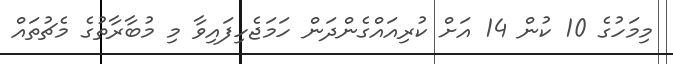
މިމަހުގެ 10 ކުން 14 އަށް ކުރިއައްގެންދަން ހަމަޖެހިފައިވާ މި މުބާރާތުގެ މެޗުތައް